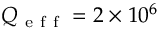
Q _ { \mathrm { ~ e ~ f ~ f ~ } } = 2 \times 1 0 ^ { 6 }